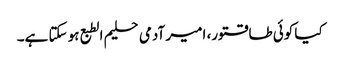
کیا کوئی طاقتور، امیر آدمی حلیم الطبع ہو سکتا ہے۔